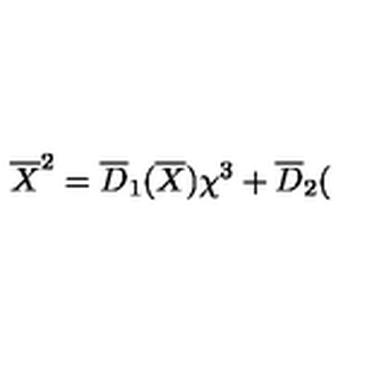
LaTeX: \overline { { X } } ^ { 2 } = \overline { { D } } _ { 1 } ( \overline { { X } } ) \chi ^ { 3 } + \overline { { D } } _ { 2 } (